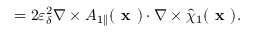
= 2 \varepsilon _ { \delta } ^ { 2 } \nabla \times { A } _ { 1 \parallel } ( \textbf { x } ) \boldsymbol { \cdot } \nabla \times \hat { \chi } _ { 1 } ( \textbf { x } ) .